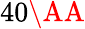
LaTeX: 40\textup{\AA}